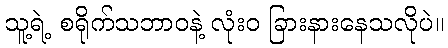
သူ့ရဲ့ စရိုက်သဘာဝနဲ့ လုံးဝ ခြားနားနေသလိုပဲ။